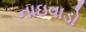
નાઇવાડો